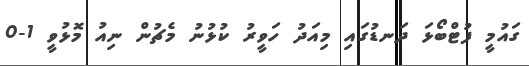
ގައުމީ ފުޓްބޯޅަ ދަނޑުގައި މިއަދު ހަވީރު ކުޅުނު މެޗުން ނިއު މޮޅުވީ 1-0